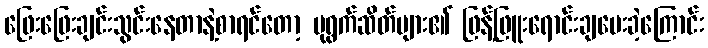
ဖြေးဖြေးချင်းသွင်းနေတာနဲ့စာရင်တော့ ပုရွက်ဆိတ်များ၏ ဖြန့်ဖြူးရောင်းချပေးခဲ့ကြောင်း